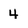
Character: 4